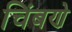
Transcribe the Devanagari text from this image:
चिंबणे